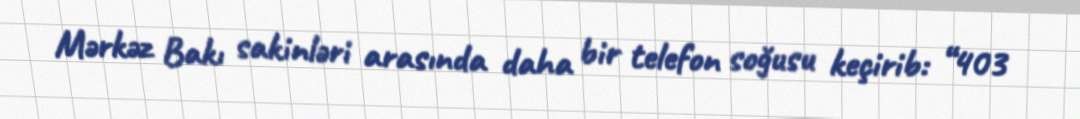
Mərkəz Bakı sakinləri arasında daha bir telefon soğusu keçirib: “403